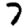
Digit: 7